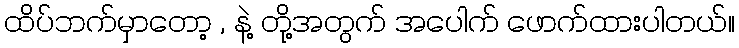
ထိပ်ဘက်မှာတော့ , နဲ့ တို့အတွက် အပေါက် ဖောက်ထားပါတယ်။